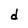
Character: d